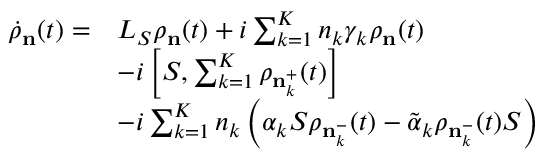
\begin{array} { r l } { { { { \dot { \rho } } } _ { \mathbf { n } } } ( t ) = } & { { { L } _ { S } } { { \rho } _ { \mathbf { n } } } ( t ) + i \sum _ { k = 1 } ^ { K } { { { n } _ { k } } { { \gamma } _ { k } } { { \rho } _ { \mathbf { n } } } } ( t ) } \\ & { - i \left[ S , \sum _ { k = 1 } ^ { K } { { { \rho } _ { \mathbf { n } _ { k } ^ { + } } } ( t ) } \right] } \\ & { - i \sum _ { k = 1 } ^ { K } { { { n } _ { k } } \left( { { \alpha } _ { k } } { { S } } { { \rho } _ { \mathbf { n } _ { k } ^ { - } } } ( t ) - { { { \tilde { \alpha } } } _ { k } } { { \rho } _ { \mathbf { n } _ { k } ^ { - } } } ( t ) S \right) } } \end{array}